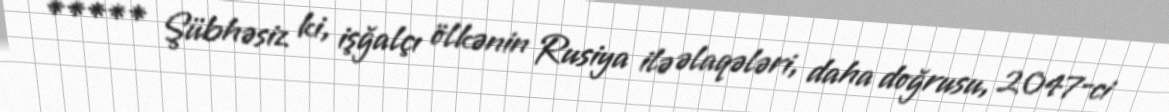
***** Şübhəsiz ki, işğalçı ölkənin Rusiya ilə əlaqələri, daha doğrusu, 2047-ci